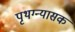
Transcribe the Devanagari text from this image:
पृथग्न्यासक